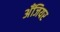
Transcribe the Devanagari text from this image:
अँजियर